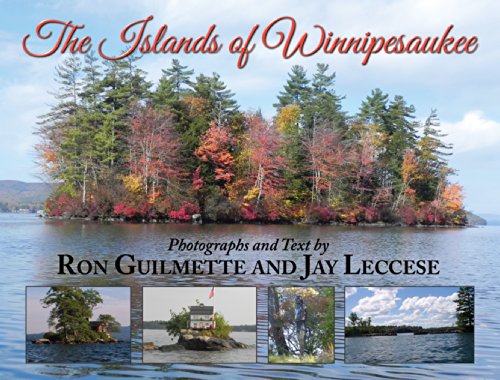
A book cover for The Islands of Winnipesaukee; Ron Guilmette; Travel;